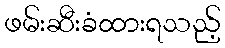
ဖမ်းဆီးခံထားရသည့်